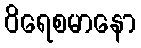
ဝိရေစမာနော